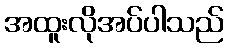
အထူးလိုအပ်ပါသည်